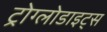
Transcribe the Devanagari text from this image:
ट्रोग्लोडाइट्स